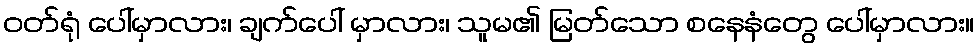
ဝတ်ရုံ ပေါ်မှာလား၊ ချက်ပေါ် မှာလား၊ သူမ၏ မြတ်သော စနေနံတွေ ပေါ်မှာလား။